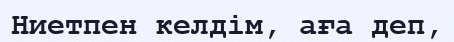
Ниетпен келдім, аға деп,